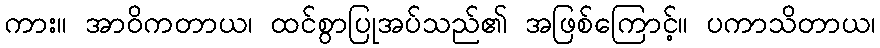
ကား။ အာဝိကတာယ၊ ထင်စွာပြုအပ်သည်၏ အဖြစ်ကြောင့်။ ပကာသိတာယ၊